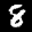
Label: 8